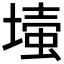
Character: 𡐉